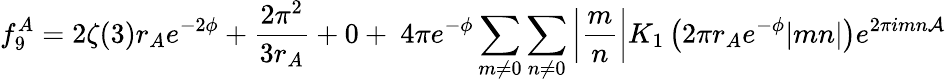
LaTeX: f_{9}^{A}=2\zeta(3)r_{A}e^{-2\phi}+\frac{2\pi^{2}}{3r_{A}}+0+~4\pi e^{-\phi}\sum_{m\ne 0}\sum_{n\ne 0}\left|\frac{m}{n}\right|K_{1}\left(2\pi r_{A}e^{-\phi}|mn|\right)e^{2\pi imn{\cal A}}